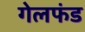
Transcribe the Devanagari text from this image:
गेलफंड